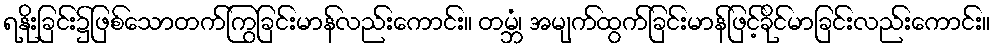
ရနိုးခြင်း၌ဖြစ်သောတက်ကြွခြင်းမာန်လည်းကောင်း။ တမ္ဘံ၊ အမျက်ထွက်ခြင်းမာန်ဖြင့်ခိုင်မာခြင်းလည်းကောင်း။